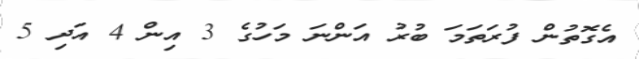
އެގޮތުން ފުރަތަމަ ބުރު އަންނަ މަހުގެ 3 އިން 4 އަދި 5